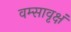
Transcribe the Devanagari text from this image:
वम्सावृक्षं